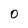
Character: 0